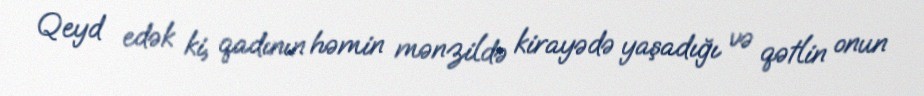
Qeyd edək ki, qadının həmin mənzildə kirayədə yaşadığı və qətlin onun